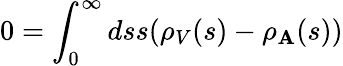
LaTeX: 0=\int_{0}^{\infty}dss(\rho_{V}(s)-\rho_{\mathbf{A}}(s))